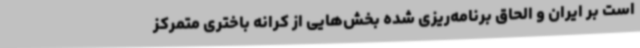
است بر ایران و الحاق برنامه‌ریزی شده بخش‌هایی از کرانه باختری متمرکز